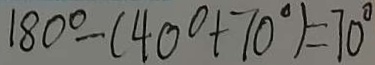
1 8 0 ^ { \circ } - ( 4 0 ^ { \circ } + 7 0 ^ { \circ } ) = 7 0 ^ { \circ }